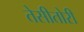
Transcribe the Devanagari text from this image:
तेसीतोरी